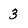
Character: 3